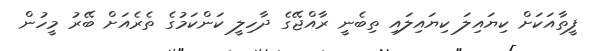
ފީތާއަކަށް ކިޔައިލަ ކިޔައިލައި ތިބެނީ ރާއްޖޭގެ ދާހިލީ ކަންކަމުގެ ތެރެއަށް ބޭރު މީހުން